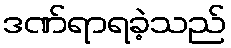
ဒဏ်ရာရခဲ့သည်